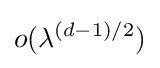
o(\lambda ^{(d-1)/2})